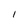
Character: I